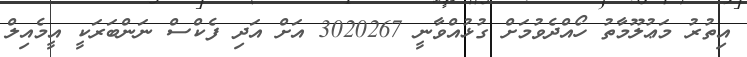
އިތުރު މަޢުލޫމާތު ހޯއްދެވުމަށް ގުޅުއްވާނީ 3020267 އަށް އަދި ފެކްސް ނަންބަރަކީ އީމެއިލް